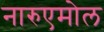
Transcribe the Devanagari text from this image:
नारुएमोल